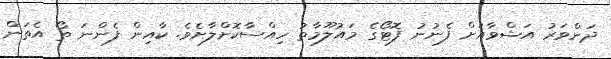
ދަންވަރު އަޝްވާއަށް ފެނުނު ފޮޓޯގެ މައުލޫމާތު ހިއްސާކޮށްލާށެވެ. ކާއިން ފެންނަ ތޯ އެތަން